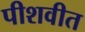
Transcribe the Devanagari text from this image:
पीशवीत